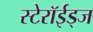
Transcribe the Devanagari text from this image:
स्टेरॉईड्ज